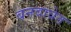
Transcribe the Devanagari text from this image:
बनवावेत